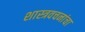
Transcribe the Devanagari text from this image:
शास्त्रवचनांचा